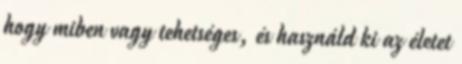
hogy miben vagy tehetséges, és használd ki az életet